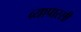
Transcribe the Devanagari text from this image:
व्यापारसी